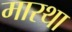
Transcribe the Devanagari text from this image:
मारथा